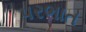
પરભાત